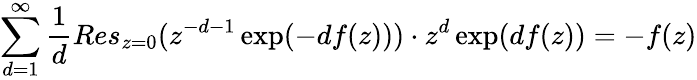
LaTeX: \sum_{d=1}^{\infty}\frac{1}{d}Res_{z=0}(z^{-d-1}\exp(-df(z)))\cdot z^{d}\exp(df(z))=-f(z)